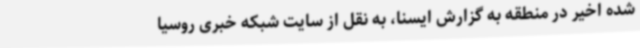
شده اخیر در منطقه به گزارش ایسنا، به نقل از سایت شبکه خبری روسیا